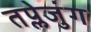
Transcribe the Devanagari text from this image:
तप्लेजुंग